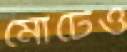
মোটেও